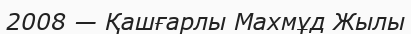
2008 — Қашғарлы Махмұд Жылы